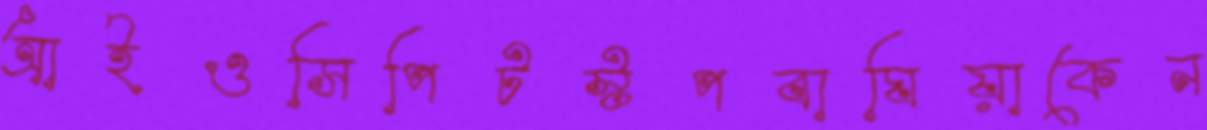
আইওসিপিটস্টপবাঘিয়াকেন